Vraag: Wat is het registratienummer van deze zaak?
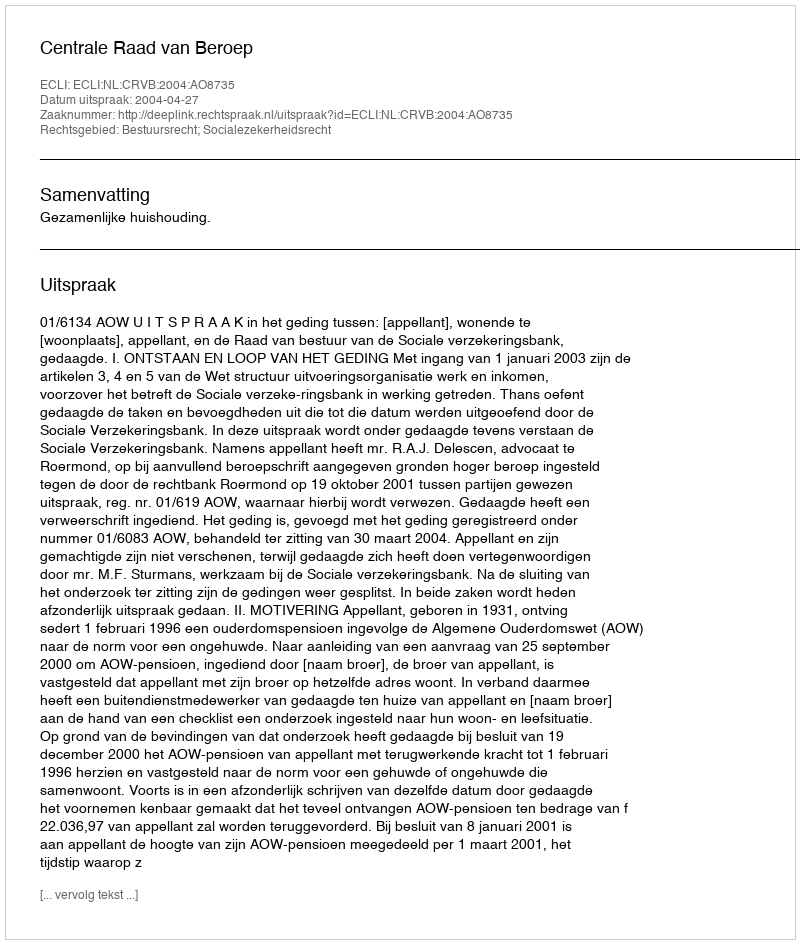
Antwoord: http://deeplink.rechtspraak.nl/uitspraak?id=ECLI:NL:CRVB:2004:AO8735